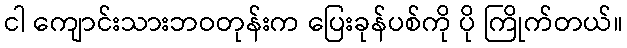
ငါ ကျောင်းသားဘဝတုန်းက ပြေးခုန်ပစ်ကို ပို ကြိုက်တယ်။